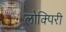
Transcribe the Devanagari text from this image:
लोक्पिरी